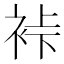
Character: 裃